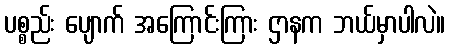
ပစ္စည်း ပျောက် အကြောင်းကြား ဌာနက ဘယ်မှာပါလဲ။